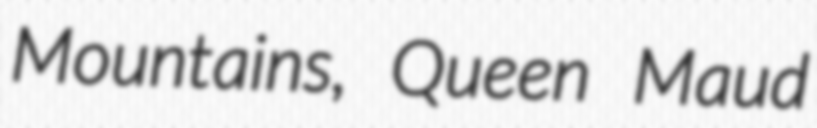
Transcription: Mountains, Queen Maud